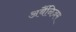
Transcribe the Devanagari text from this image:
अर्बैनिज़म